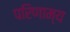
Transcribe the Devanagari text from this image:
परिणाम्य